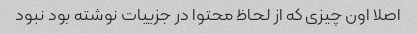
اصلا اون چیزی که از لحاظ محتوا در جزییات نوشته بود نبود